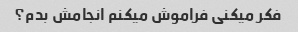
فکر میکنی فراموش میکنم انجامش بدم؟